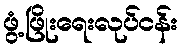
ဖွံ့ဖြိုးရေးလုပ်ငန်း